Scottish Leaving Certificate Examination, 1959
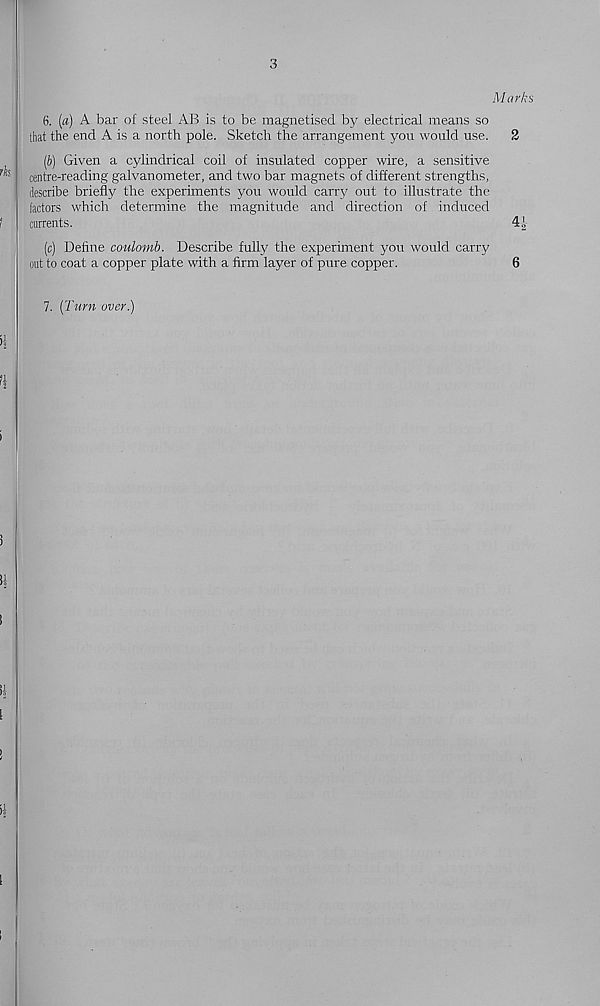
3
Marks
6. [a) A bar of steel AB is to be magnetised by electrical means so
that the end A is a north pole. Sketch the arrangement you would use. 2
(b) Given a cylindrical coil of insulated copper wire, a sensitive
centre-reading galvanometer, and two bar magnets of different strengths,
describe briefly the experiments you would carry out to illustrate the
factors which determine the magnitude and direction of induced
currents.
4J,
(c) Define coulomb. Describe fully the experiment you would carry
out to coat a copper plate with a firm layer of pure copper.
6
7. [Turn over.)